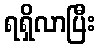
ရရှိလာပြီး